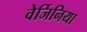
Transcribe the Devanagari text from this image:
वेर्जिनिया